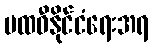
ပထဝီနိုင်ငံရေးအရ